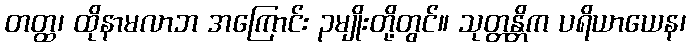
တတ္ထ၊ ထိုနာမလာဘ အကြောင်း ၃မျိုးတို့တွင်။ သုတ္တန္တိက ပရိယာယေန၊